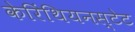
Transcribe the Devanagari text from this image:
केरिंथियनस्टेट